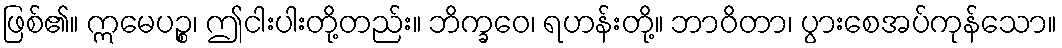
ဖြစ်၏။ ဣမေပဉ္စ၊ ဤငါးပါးတို့တည်း။ ဘိက္ခဝေ၊ ရဟန်းတို့။ ဘာဝိတာ၊ ပွားစေအပ်ကုန်သော။